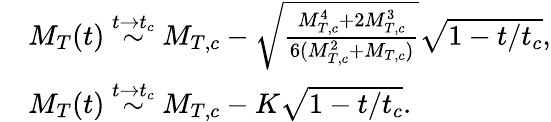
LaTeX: \begin{array}{rl}&{M_{T}(t)\stackrel{t\rightarrow t_{c}}{\sim}M_{T,c}-\sqrt{\frac{M_{T,c}^{4}+2M_{T,c}^{3}}{6(M_{T,c}^{2}+M_{T,c})}}\sqrt{1-t/t_{c}}\mathrm{,}}\\ &{M_{T}(t)\stackrel{t\rightarrow t_{c}}{\sim}M_{T,c}-K\sqrt{1-t/t_{c}}\mathrm{.}}\end{array}